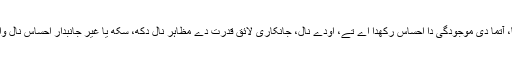
ہر کوئی، فطرتاً، آتما دی موجودگی دا احساس رکھدا اے تے، اودے نال، جانکاری لائق قدرت دے مظاہر نال دکھ، سکھ یا غیر جانبدار احساس نال واسطہ رکھدا اے۔